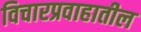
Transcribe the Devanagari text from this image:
विचारप्रवाहातील